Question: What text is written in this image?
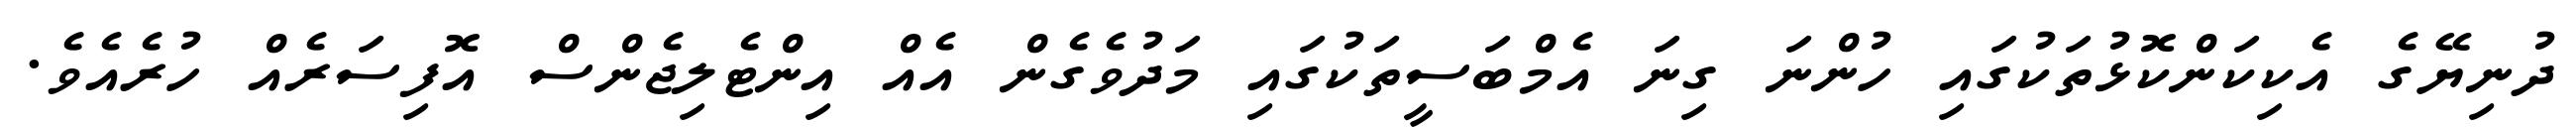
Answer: ދުނިޔޭގެ އެކިކަންކޮޅުތަކުގައި ހުންނަ ގިނަ އެމްބަސީތަކުގައި މަދުވެގެން އެއް އިންޓެލިޖެންސް އޮފިސަރެއް ހުރެއެވެ.